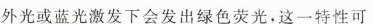
光或蓝光激发下会发出绿色荧光，这一特性可